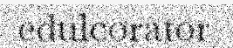
edulcorator